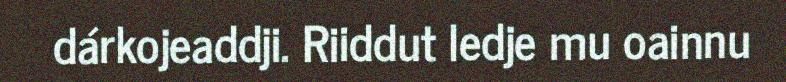
dárkojeaddji. Riiddut ledje mu oainnu